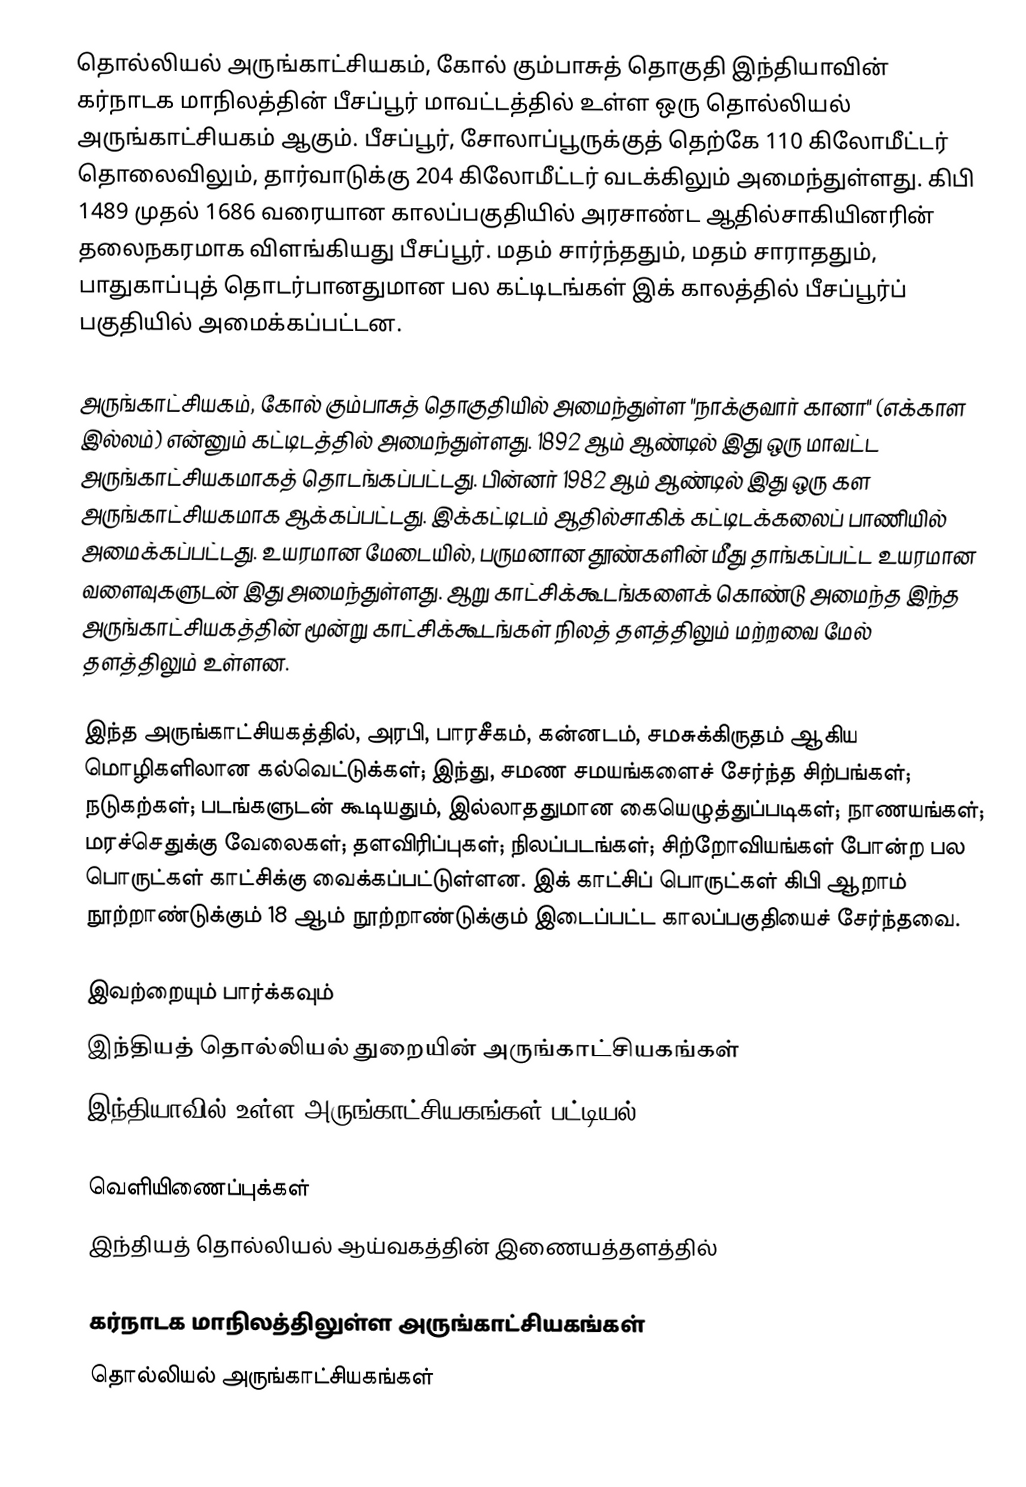
தொல்லியல் அருங்காட்சியகம், கோல் கும்பாசுத் தொகுதி இந்தியாவின் கர்நாடக மாநிலத்தின் பீசப்பூர் மாவட்டத்தில் உள்ள ஒரு தொல்லியல் அருங்காட்சியகம் ஆகும். பீசப்பூர், சோலாப்பூருக்குத் தெற்கே 110 கிலோமீட்டர் தொலைவிலும், தார்வாடுக்கு 204 கிலோமீட்டர் வடக்கிலும் அமைந்துள்ளது. கிபி 1489 முதல் 1686 வரையான காலப்பகுதியில் அரசாண்ட ஆதில்சாகியினரின் தலைநகரமாக விளங்கியது பீசப்பூர். மதம் சார்ந்ததும், மதம் சாராததும், பாதுகாப்புத் தொடர்பானதுமான பல கட்டிடங்கள் இக் காலத்தில் பீசப்பூர்ப் பகுதியில் அமைக்கப்பட்டன.

அருங்காட்சியகம், கோல் கும்பாசுத் தொகுதியில் அமைந்துள்ள "நாக்குவார் கானா" (எக்காள இல்லம்) என்னும் கட்டிடத்தில் அமைந்துள்ளது. 1892 ஆம் ஆண்டில் இது ஒரு மாவட்ட அருங்காட்சியகமாகத் தொடங்கப்பட்டது. பின்னர் 1982 ஆம் ஆண்டில் இது ஒரு கள அருங்காட்சியகமாக ஆக்கப்பட்டது. இக்கட்டிடம் ஆதில்சாகிக் கட்டிடக்கலைப் பாணியில் அமைக்கப்பட்டது. உயரமான மேடையில், பருமனான தூண்களின் மீது தாங்கப்பட்ட உயரமான வளைவுகளுடன் இது அமைந்துள்ளது. ஆறு காட்சிக்கூடங்களைக் கொண்டு அமைந்த இந்த அருங்காட்சியகத்தின் மூன்று காட்சிக்கூடங்கள் நிலத் தளத்திலும் மற்றவை மேல் தளத்திலும் உள்ளன.

இந்த அருங்காட்சியகத்தில், அரபி, பாரசீகம், கன்னடம், சமசுக்கிருதம் ஆகிய மொழிகளிலான கல்வெட்டுக்கள்; இந்து, சமண சமயங்களைச் சேர்ந்த சிற்பங்கள்; நடுகற்கள்; படங்களுடன் கூடியதும், இல்லாததுமான கையெழுத்துப்படிகள்; நாணயங்கள்; மரச்செதுக்கு வேலைகள்; தளவிரிப்புகள்; நிலப்படங்கள்; சிற்றோவியங்கள் போன்ற பல பொருட்கள் காட்சிக்கு வைக்கப்பட்டுள்ளன. இக் காட்சிப் பொருட்கள் கிபி ஆறாம் நூற்றாண்டுக்கும் 18 ஆம் நூற்றாண்டுக்கும் இடைப்பட்ட காலப்பகுதியைச் சேர்ந்தவை.

இவற்றையும் பார்க்கவும்
 இந்தியத் தொல்லியல் துறையின் அருங்காட்சியகங்கள்
 இந்தியாவில் உள்ள அருங்காட்சியகங்கள் பட்டியல்

வெளியிணைப்புக்கள்
 இந்தியத் தொல்லியல் ஆய்வகத்தின் இணையத்தளத்தில்

கர்நாடக மாநிலத்திலுள்ள அருங்காட்சியகங்கள்
தொல்லியல் அருங்காட்சியகங்கள்